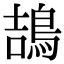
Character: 鴶